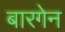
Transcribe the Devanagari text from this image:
बारगेन